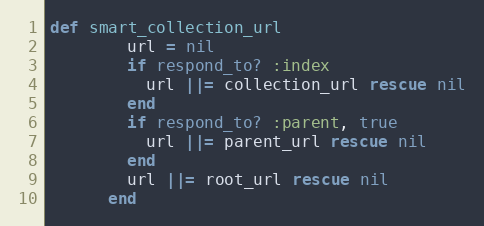
Language: Ruby
def smart_collection_url
        url = nil
        if respond_to? :index
          url ||= collection_url rescue nil
        end
        if respond_to? :parent, true
          url ||= parent_url rescue nil
        end
        url ||= root_url rescue nil
      end